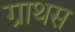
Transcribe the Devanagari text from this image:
ग्राथस